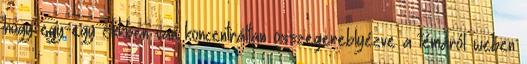
hogy egy-egy cikkben van koncentráltan összegereblyézve a témáról weben